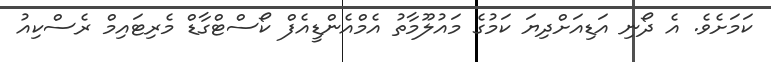
ކަމަށެވެ. އެ ދޯނި އަޑިއަށްދިޔަ ކަމުގެ މައުލޫމާތު އެމްއެންޑީއެފް ކޯސްޓްގާޑް މެރިޓައިމް ރެސްކިއު